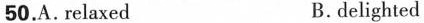
50.A. relaxed B. delighted